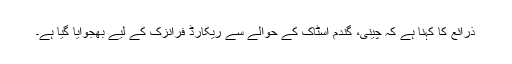
ذرائع کا کہنا ہے کہ چینی، گندم اسٹاک کے حوالے سے ریکارڈ فرانزک کے لیے بھجوایا گیا ہے۔